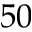
5 0